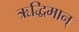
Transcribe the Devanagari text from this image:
ऋद्धिमान्‌